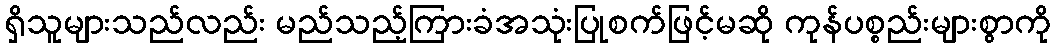
ရှိသူများသည်လည်း မည်သည့်ကြားခံအသုံးပြုစက်ဖြင့်မဆို ကုန်ပစ္စည်းများစွာကို